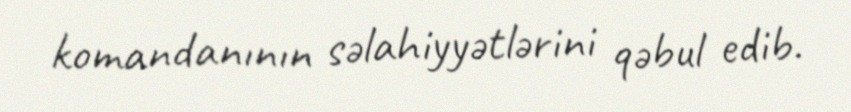
komandanının səlahiyyətlərini qəbul edib.